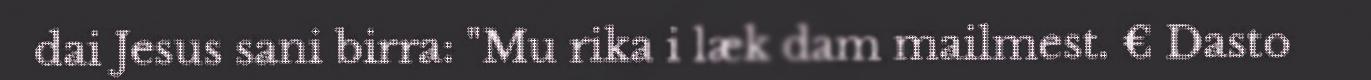
dai Jesus sani birra: "Mu rika i læk dam mailmest. € Dasto